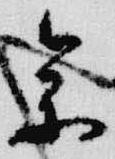
参